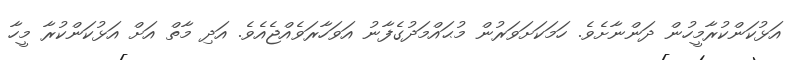
އަޅުކަންކުރާމީހުން ދަންނާށެވެ. ހަމަކަށަވަރުން މުޙައްމަދުގެފާނު އަވަހާރަވެއްޖެއެވެ. އަދި މާތް އަށް އަޅުކަންކުރާ މީހާ